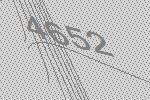
4652